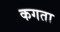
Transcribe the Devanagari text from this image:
कगता